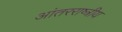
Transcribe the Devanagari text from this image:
आंतरराष्त्रीय